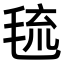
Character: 㲙